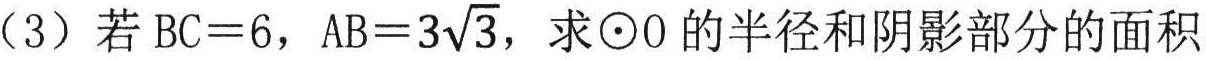
（3）若 \(BC = 6\)，\(AB = 3\sqrt{3}\)，求\(\odot O\)的半径和阴影部分的面积